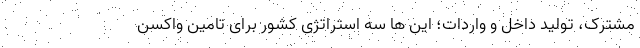
مشترک، تولید داخل و واردات؛ این ها سه استراتژی کشور برای تامین واکسن